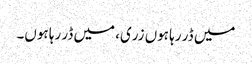
میں ڈر رہا ہوں زری، میں ڈر رہا ہوں۔